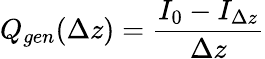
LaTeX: Q_{gen}(\Delta z)=\frac{I_{0}-I_{\Delta z}}{\Delta z}